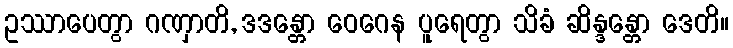
ဥဿာပေတွာ ဂဏှာတိ, ဒဒန္တော ဝေဂေန ပူရေတွာ သိခံ ဆိန္ဒန္တော ဒေတိ။